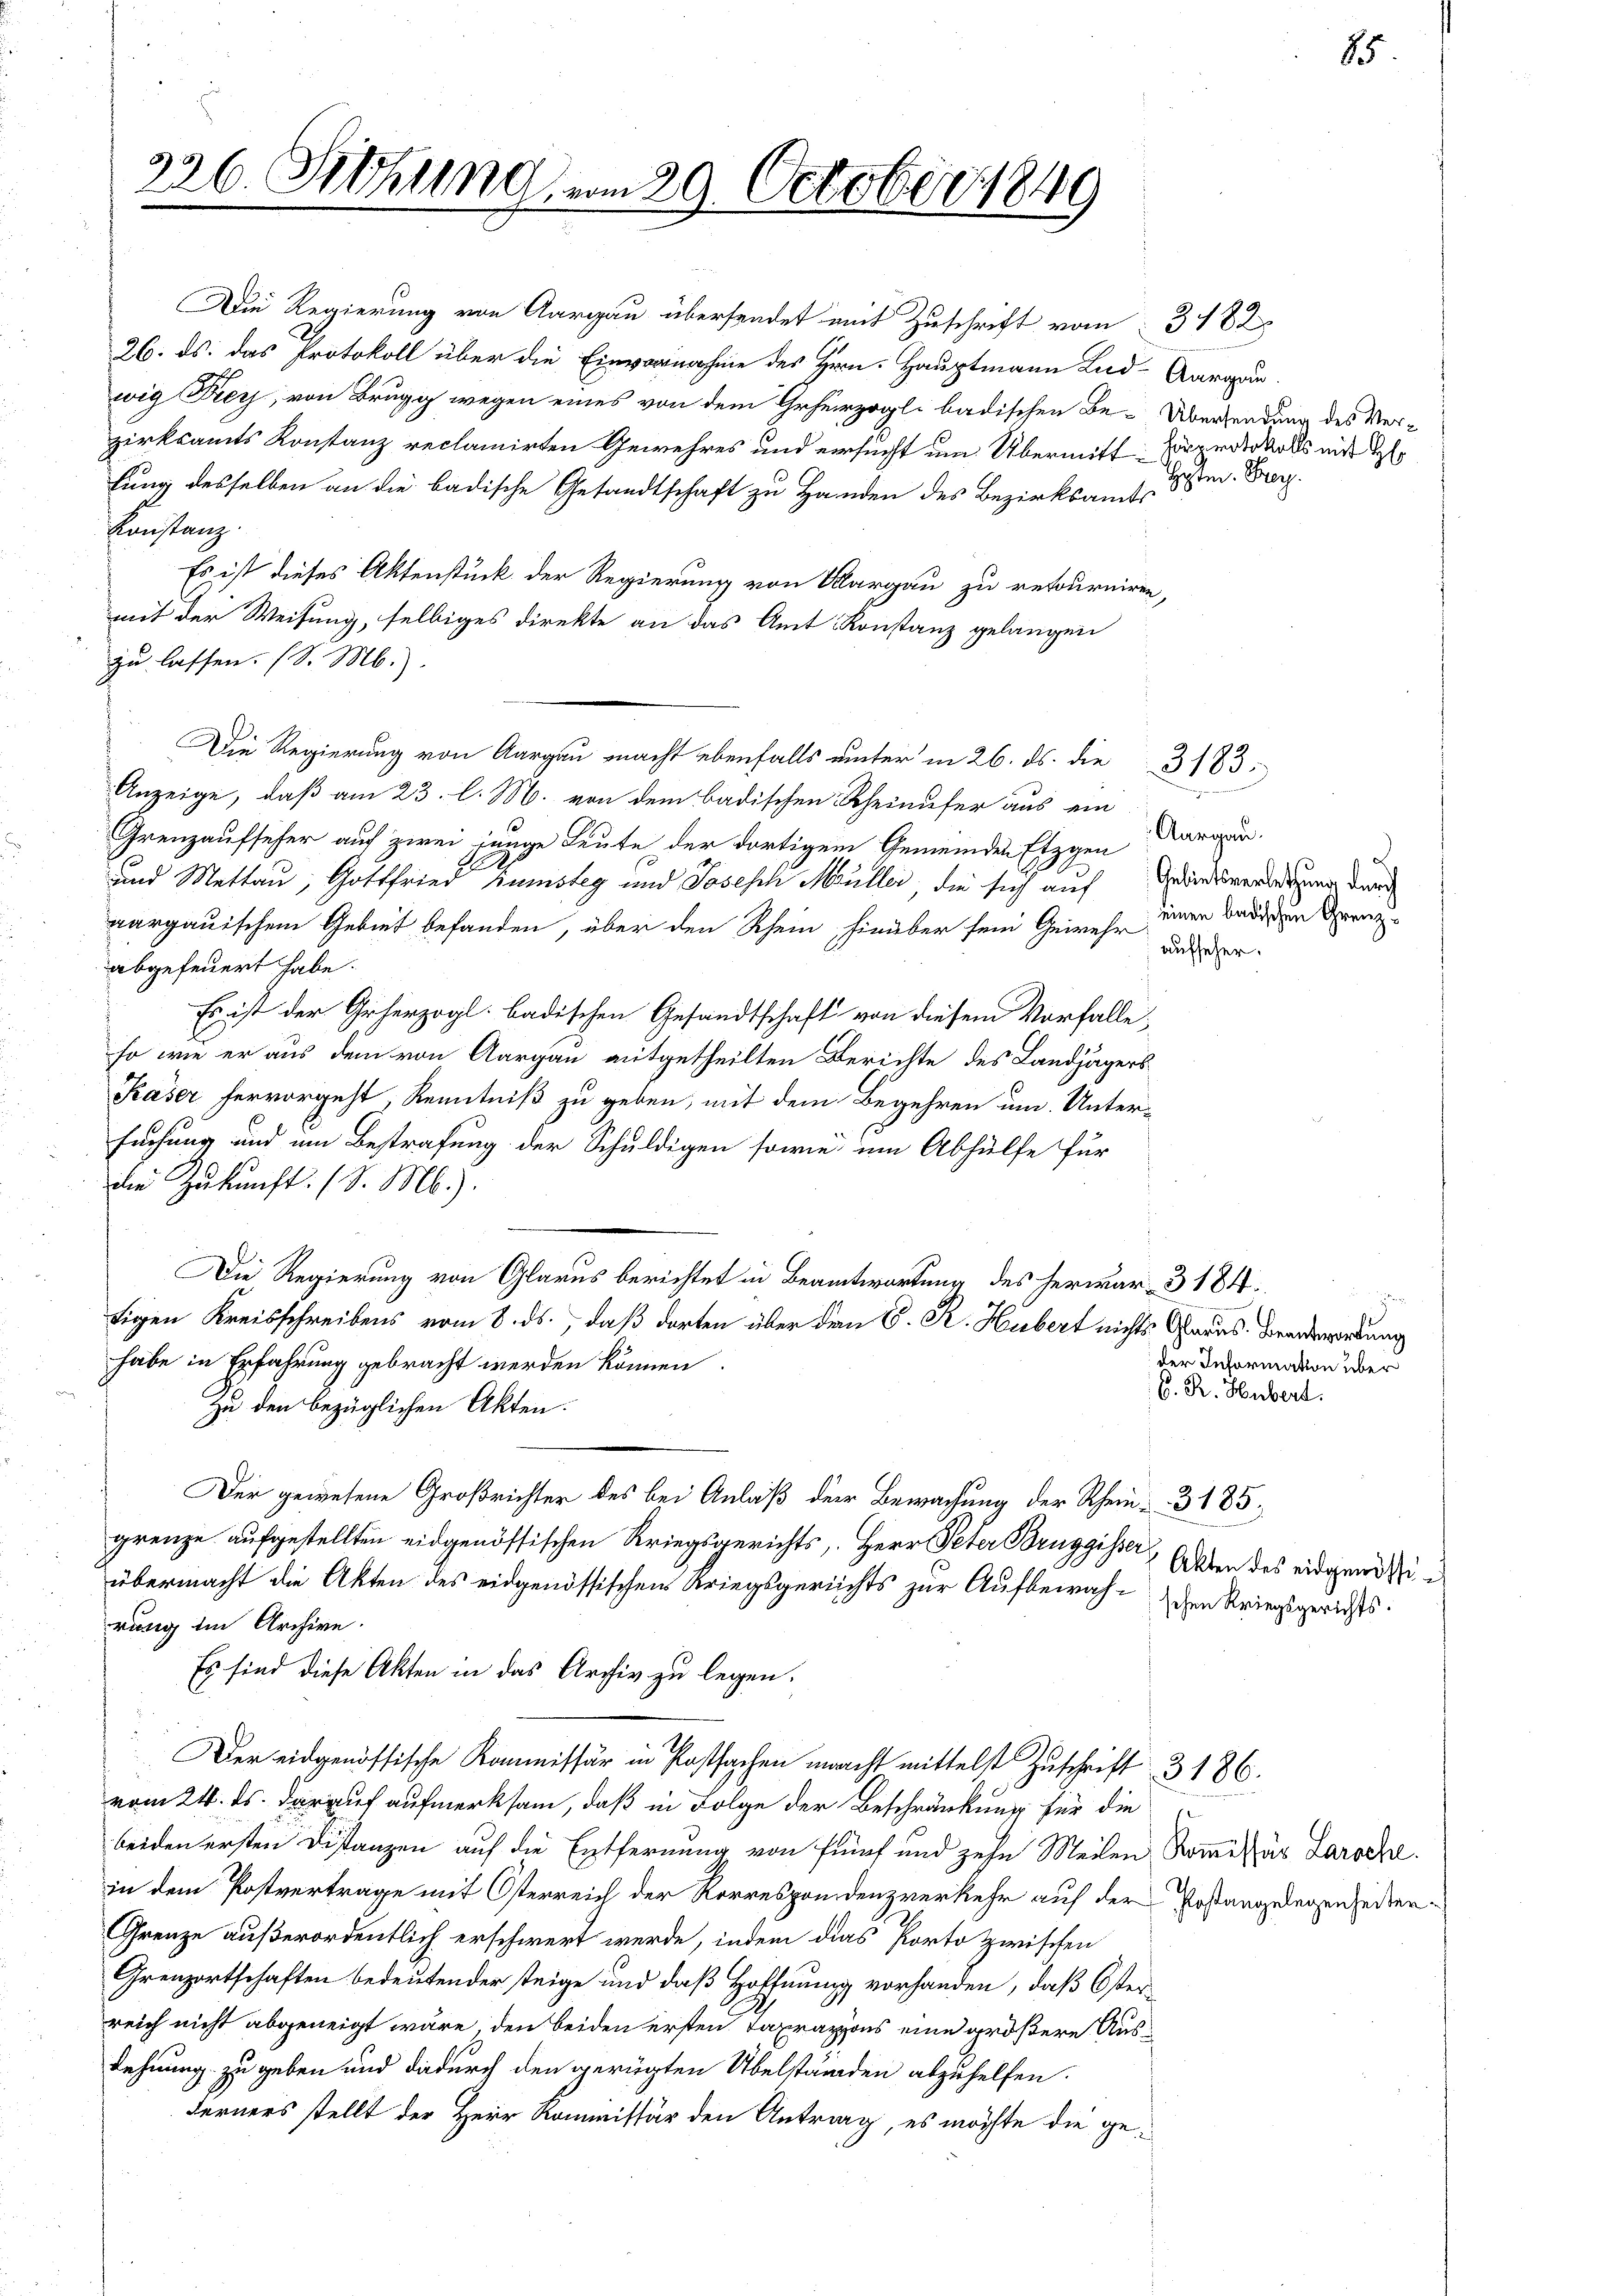
326. Störung vom 29. October 1849

zirksamts Konstanz reclamirten Gewehres und ersucht um Übermittlung desselben an die badische Gesandtschaft zu Handen des Bezirksamts
Konstanz.
Es ist dieses Aktenstück der Regierung von Aargau zu retourniren,
mit der Weisung, selbiges direkte an das Amt Konstanz gelangen
zu lassen. (S. M.).
Anzeige, daß am 23. l. M. von dem badischen Rheinufer aus ein
Grenzaufseher auf zwei junge Leute der dortigem Gemeinden Etzgen
.
und Mettau, Gottfried Kunsteg und Joseph Müller, die sich auf Griessverdigung durch
aargauischem Gebiet befanden, über den Rhein hinüber sein Gewehr ander
abgefeuert habe.
Es ist der Geherzogl. badischen Gesandtschaft von diesem Vorfalle
so wie er aus dem von Aargau mitgetheilten Berichte des Landjägers
Kaser hervorgeht, Kenntniß zu geben, mit dem Begehren um. Unter-
suchung und im Bestrafung der Schuldigen sowie um Abhülfe für
die Zukunft. (S. M.).
Die Regierung von Glarus berichtet in Beantwortung des herwar- 3 184.
tigen Kreisschreibens vom 8. ds., daß dorten über den C. R. Hubert nichts Glarus Beantwortung
habe in Erfahrung gebracht werden können
Zu den bezüglichen Akten.
Der gewesene Großrichter des bei Anlaß der Bewachung der Rhein- 3185.
grenze aufgestellten eidgenössischen Kriegsgerichts, Herr Peter Bruggisser, Gaben des eidgenössi
übermacht die Akten des eidgenössischen Kriegsgerichts zur Aufbewahr den Kriegsgerichts.
rung im Archive.
Es sind diese Akten in das Archiv zu legen.
5
Der eidgenössische Kommissär in Postsachen macht mittelst Zuschrift 3186.
vom 24. ds. darauf aufmerksam, daß in Folge der Beschränkung für die
beiden ersten Distanzen auf die Entfernung von fünf und zehn Meilen. Kommissär Laroche.
in dem Postvertrage mit Osterreich der Korrespondenzverkehr auf der Postangelegen gedien¬
Grenze außerordentlich erschwert werde, indem dies Porto zwischen
Grenzortschaften bedeutender steige und daß Hoffnung vorhanden, daß Öster
reich nicht abgeneigt wäre, den beiden ersten Taxrazions eine größere Ausdehnung zu geben und dadurch den gerügten Übelständen abzuhelfen.
Ferners stellt der Herr Kommissär den Antrag, es möchte die ge¬

Die Regierung von Aargau übersendet mit Zuschrift vom 3182
26. ds. das Protokoll über die Einvernahme des Herrn Hauptmann Lid-Aargau.
wig Frey, von Brugg wegen eines von dem Geherzogli badischen Be- Übersendung des Ver¬

Die Regierung von Aargau macht ebenfalls unter in 26. ds. die 3183:

85

hörprotokolls mit H
Hosten. Frey.

Aargau.
L
einen badischen Grenz¬

der Information über
C. R. Hubert.